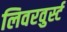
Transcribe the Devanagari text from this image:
लिवरवुर्स्ट